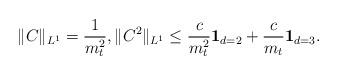
LaTeX: \begin{align*}\|C\|_{L^1} = \frac{1}{m^2_t},\|C^2\|_{L^1} \leq \frac{c}{m^2_t}{\bf 1}_{d=2} + \frac{c}{m_t}{\bf 1}_{d=3}.\end{align*}